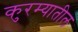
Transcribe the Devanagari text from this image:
कुरम्यातील